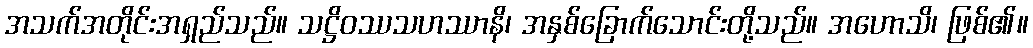
အသက်အတိုင်းအရှည်သည်။ သဋ္ဌိဝဿသဟဿာနိ၊ အနှစ်ခြောက်သောင်းတို့သည်။ အဟောသိ၊ ဖြစ်၏။